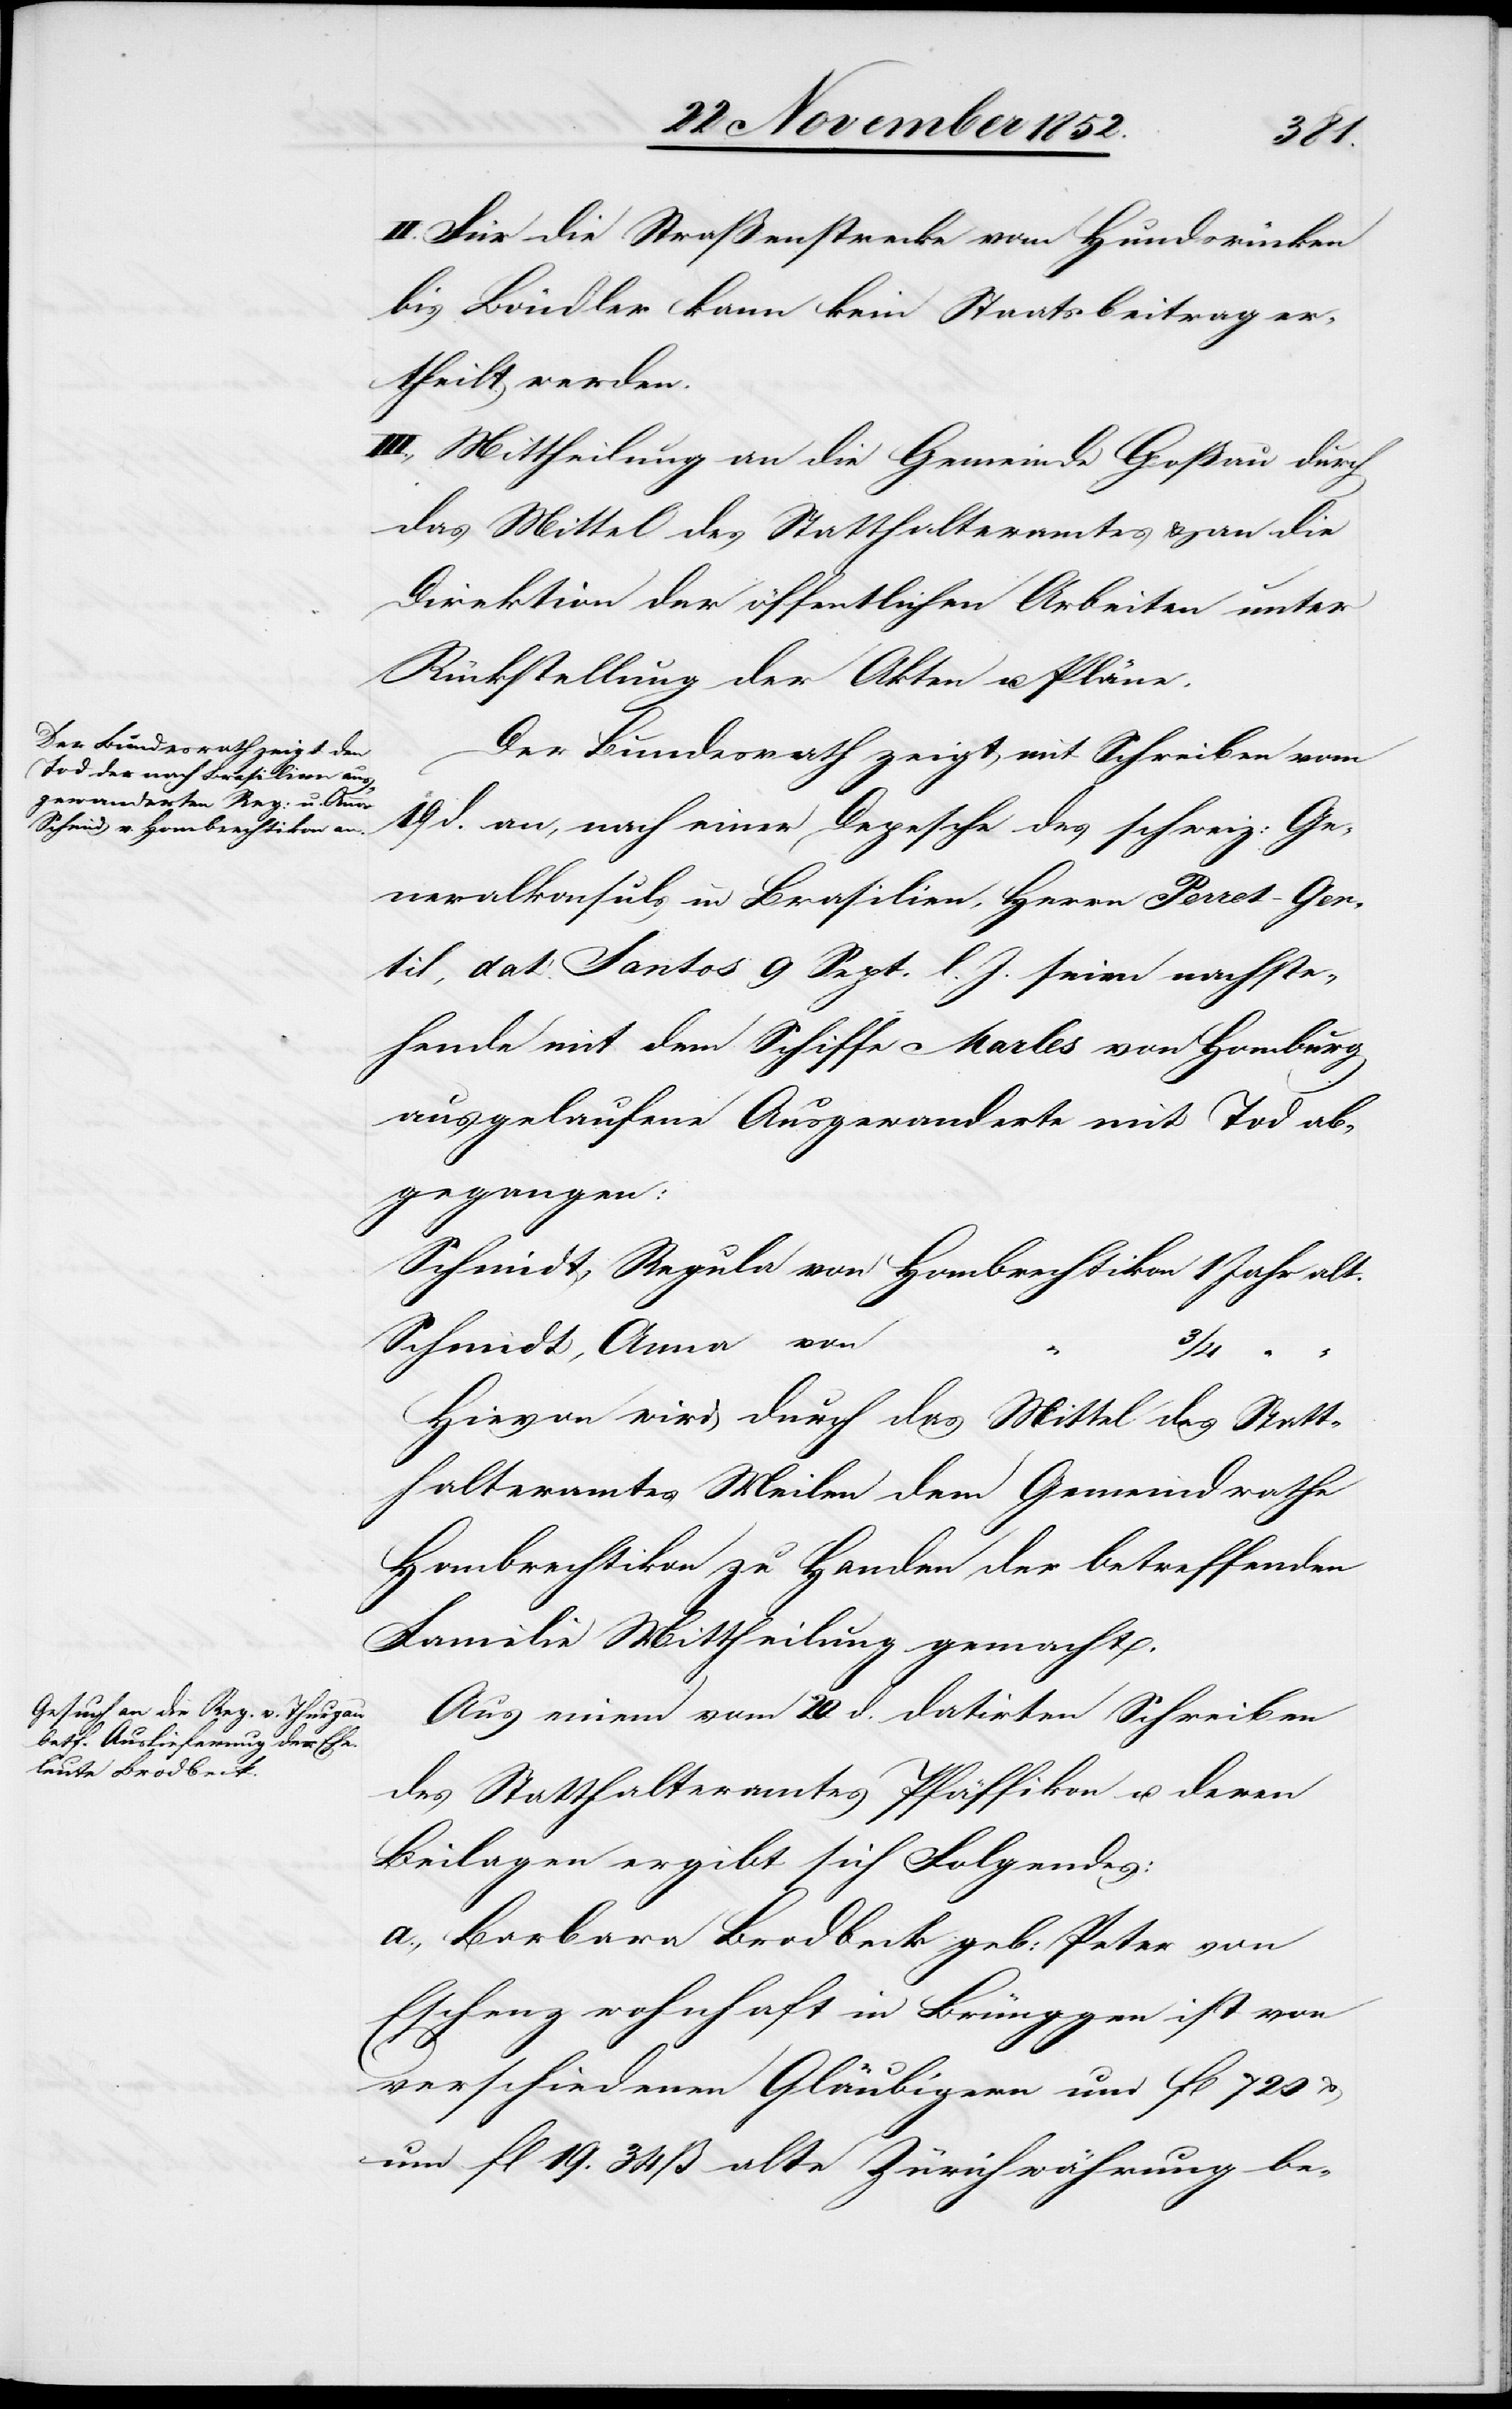
II. Für die Straßenstrecke vom Hundsrücken
bis Böndler kann kein Staatsbeitrag er¬
theilt werden.
III., Mittheilung an die Gemeinde Goßau durch
das Mittel des Statthalteramtes & an die
Direktion der öffentlichen Arbeiten unter
Rückstellung der Akten u. Pläne.
Der Bundesrath zeigt mit Schreiben vom
19 d. an, nach einer Depesche des schweiz: Ge¬
neralkonsuls in Brasilien, Herrn Perret-Gen¬
til, dat: Santos 9 Sept. l. J. seien nachste¬
hende mit dem Schiffe Marles von Homburg
ausgelaufene Ausgewanderte mit Tod ab¬
gegangen:
[sic!], Regula von Hombrechtikon 1 Jahr alt.
Schmidt, Anna von
3/4
“ “
Hievon wird durch das Mittel des Statt¬
halteramtes Meilen dem Gemeindrathe
Hombrechtikon zu Handen der betreffenden
Familie Mittheilung gemacht.
Aus einem vom 20 d. datirten Schreiben
des Statthalteramtes Pfäffikon u. deren
Beilagen ergibt sich Folgendes:
a., Barbara Brodbeck geb: Peter von
Eschenz wohnhaft in Brünggen ist von
verschiedenen Gläubigern um fl 720 &
um fl 19. 34 ß alte Zürichwährung be-